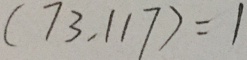
( 7 3 , 1 1 7 ) = 1